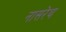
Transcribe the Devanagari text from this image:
नासरेथ